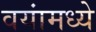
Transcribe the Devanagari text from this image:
वयांमध्ये